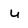
Character: u